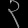
Digit: ၃